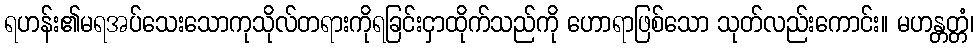
ရဟန်း၏မရအပ်သေးသောကုသိုလ်တရားကိုရခြင်းငှာထိုက်သည်ကို ဟောရာဖြစ်သော သုတ်လည်းကောင်း။ မဟန္တတ္တံ၊